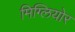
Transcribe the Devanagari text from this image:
मिग्लियोर